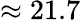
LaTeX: \approx 21.7